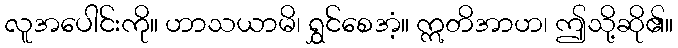
လူအပေါင်းကို။ ဟာသယာမိ၊ ရွှင်စေအံ့။ ဣတိအာဟ၊ ဤသို့ဆို၏။